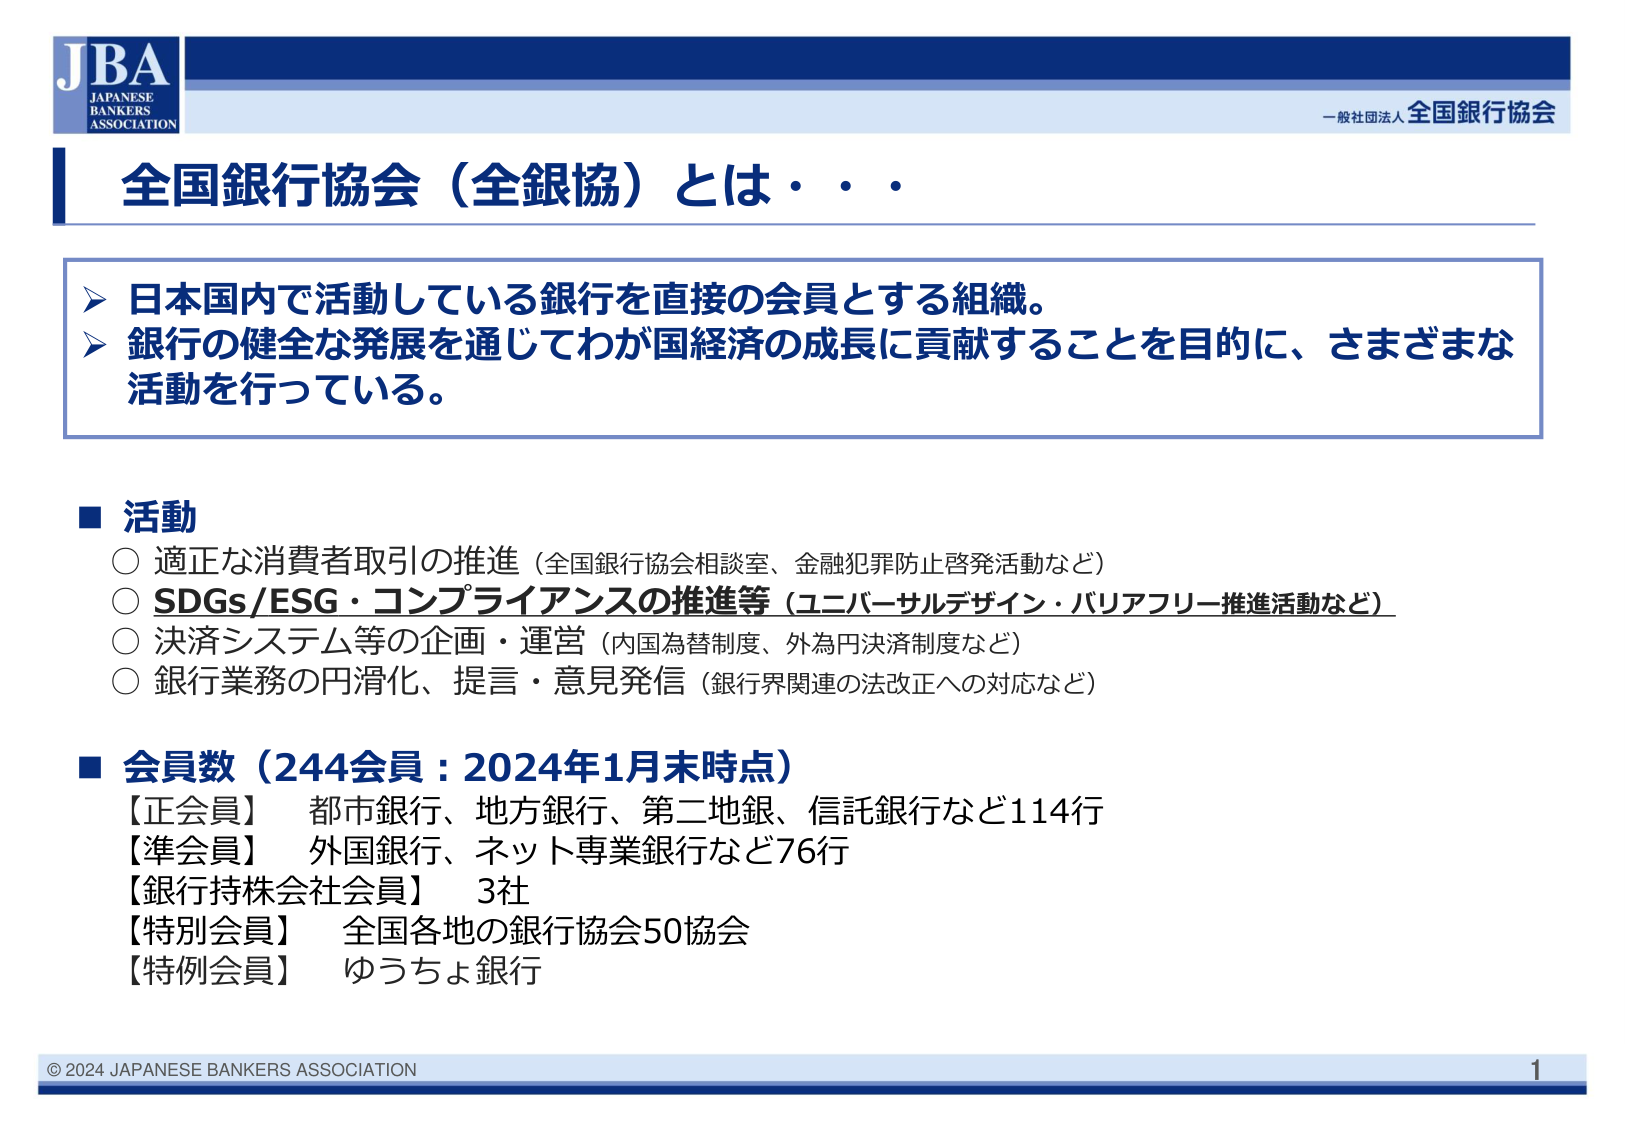
JBA
JAPANESE
BANKERS
ASSOCIATION

一般社団法人 全国銀行協会

全国銀行協会（全銀協）とは・・・

➤ 日本国内で活動している銀行を直接の会員とする組織。
➤ 銀行の健全な発展を通じてわが国経済の成長に貢献することを目的に、さまざまな
活動を行っている。

■ 活動
○ 適正な消費者取引の推進（全国銀行協会相談室、金融犯罪防止啓発活動など）
○ SDGs/ESG・コンプライアンスの推進等（ユニバーサルデザイン・バリアフリー推進活動など）
○ 決済システム等の企画・運営（内国為替制度、外為円決済制度など）
○ 銀行業務の円滑化、提言・意見発信（銀行界関連の法改正への対応など）

■ 会員数（244会員：2024年1月末時点）
【正会員】 都市銀行、地方銀行、第二地銀、信託銀行など114行
【準会員】 外国銀行、ネット専業銀行など76行
【銀行持株会社会員】 3社
【特別会員】 全国各地の銀行協会50協会
【特例会員】 ゆうちょ銀行

© 2024 JAPANESE BANKERS ASSOCIATION
1